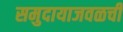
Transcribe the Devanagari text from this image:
समुदायाजवळची